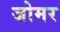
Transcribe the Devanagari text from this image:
जोमर